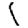
Digit: 1